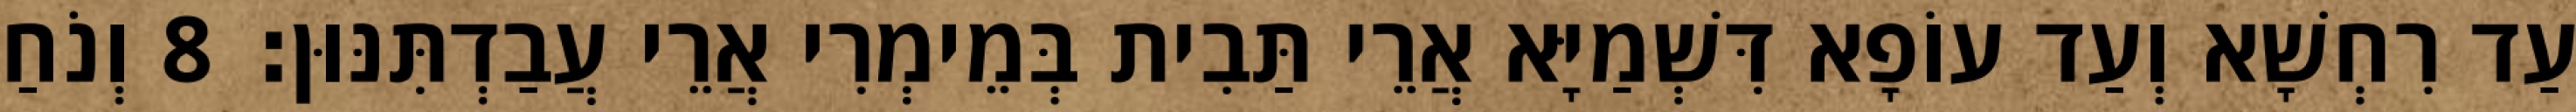
עַד רִחְשָׁא וְעַד עוֹפָא דִּשְׁמַיָּא אֲרֵי תַּבִית בְּמֵימְרִי אֲרֵי עֲבַדְתִּנּוּן׃ 8 וְנֹחַ